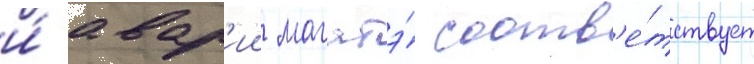
и́ авар'ии магатэ́ соотв'е́тствует